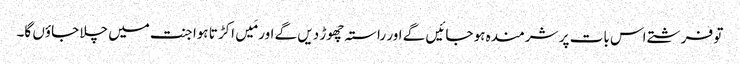
تو فرشتے اس بات پر شرمندہ ہو جائیں گے اور راستہ چھوڑ دیں گے اور مَیں اکڑتا ہوا جنت میں چلا جاؤں گا۔